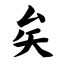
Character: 矣